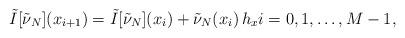
LaTeX: \begin{align*}\tilde{I}[\tilde{\nu}_{N}](x_{i+1}) = \tilde{I}[\tilde{\nu}_{N}](x_{i}) + \tilde{\nu}_{N}(x_{i}) \, h_{x}i=0,1,\ldots, M-1,\end{align*}